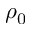
\rho _ { 0 }